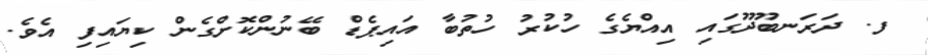
ފ. ދަރަނބޫދޫގައި އިއްޔެގެ ހުކުރު ހުތުބާ އައިޕެޑް ބޭނުންކޮށްގެން ކިޔައިފި އެވެ.